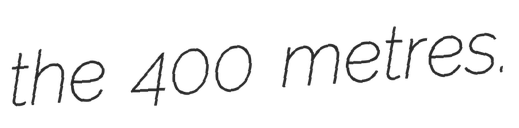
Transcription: the 400 metres.